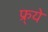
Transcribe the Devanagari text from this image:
फ्र्ये